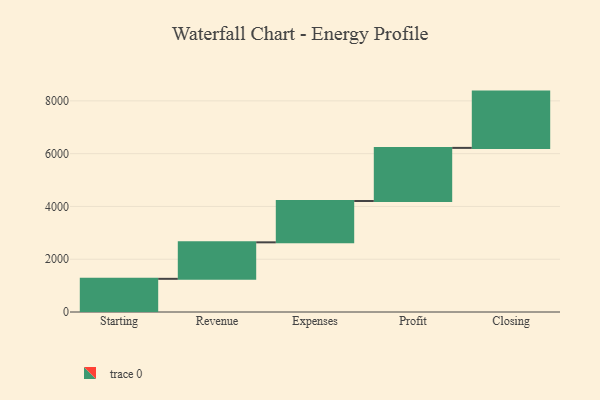
{"axis": {"x": "Step", "y": "Value"}, "legend": [""], "data": [{"x": "Starting", "y": 1257.0, "type": ""}, {"x": "Revenue", "y": 1383.0, "type": ""}, {"x": "Expenses", "y": 1567.0, "type": ""}, {"x": "Profit", "y": 2012.0, "type": ""}, {"x": "Closing", "y": 2133.0, "type": ""}]}